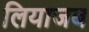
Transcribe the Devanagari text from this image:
लियाजब